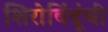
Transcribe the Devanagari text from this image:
शिरोबिंदूंची